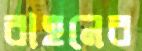
বাহনের